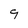
Character: q